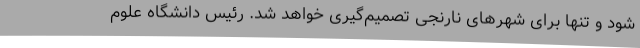
شود و تنها برای شهرهای نارنجی تصمیم‌گیری خواهد شد. رئیس دانشگاه علوم